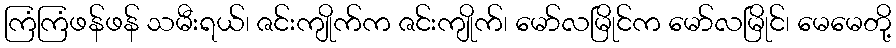
ကြံကြံဖန်ဖန် သမီးရယ်၊ ဇင်းကျိုက်က ဇင်းကျိုက်၊ မော်လမြိုင်က မော်လမြိုင်၊ မေမေတို့